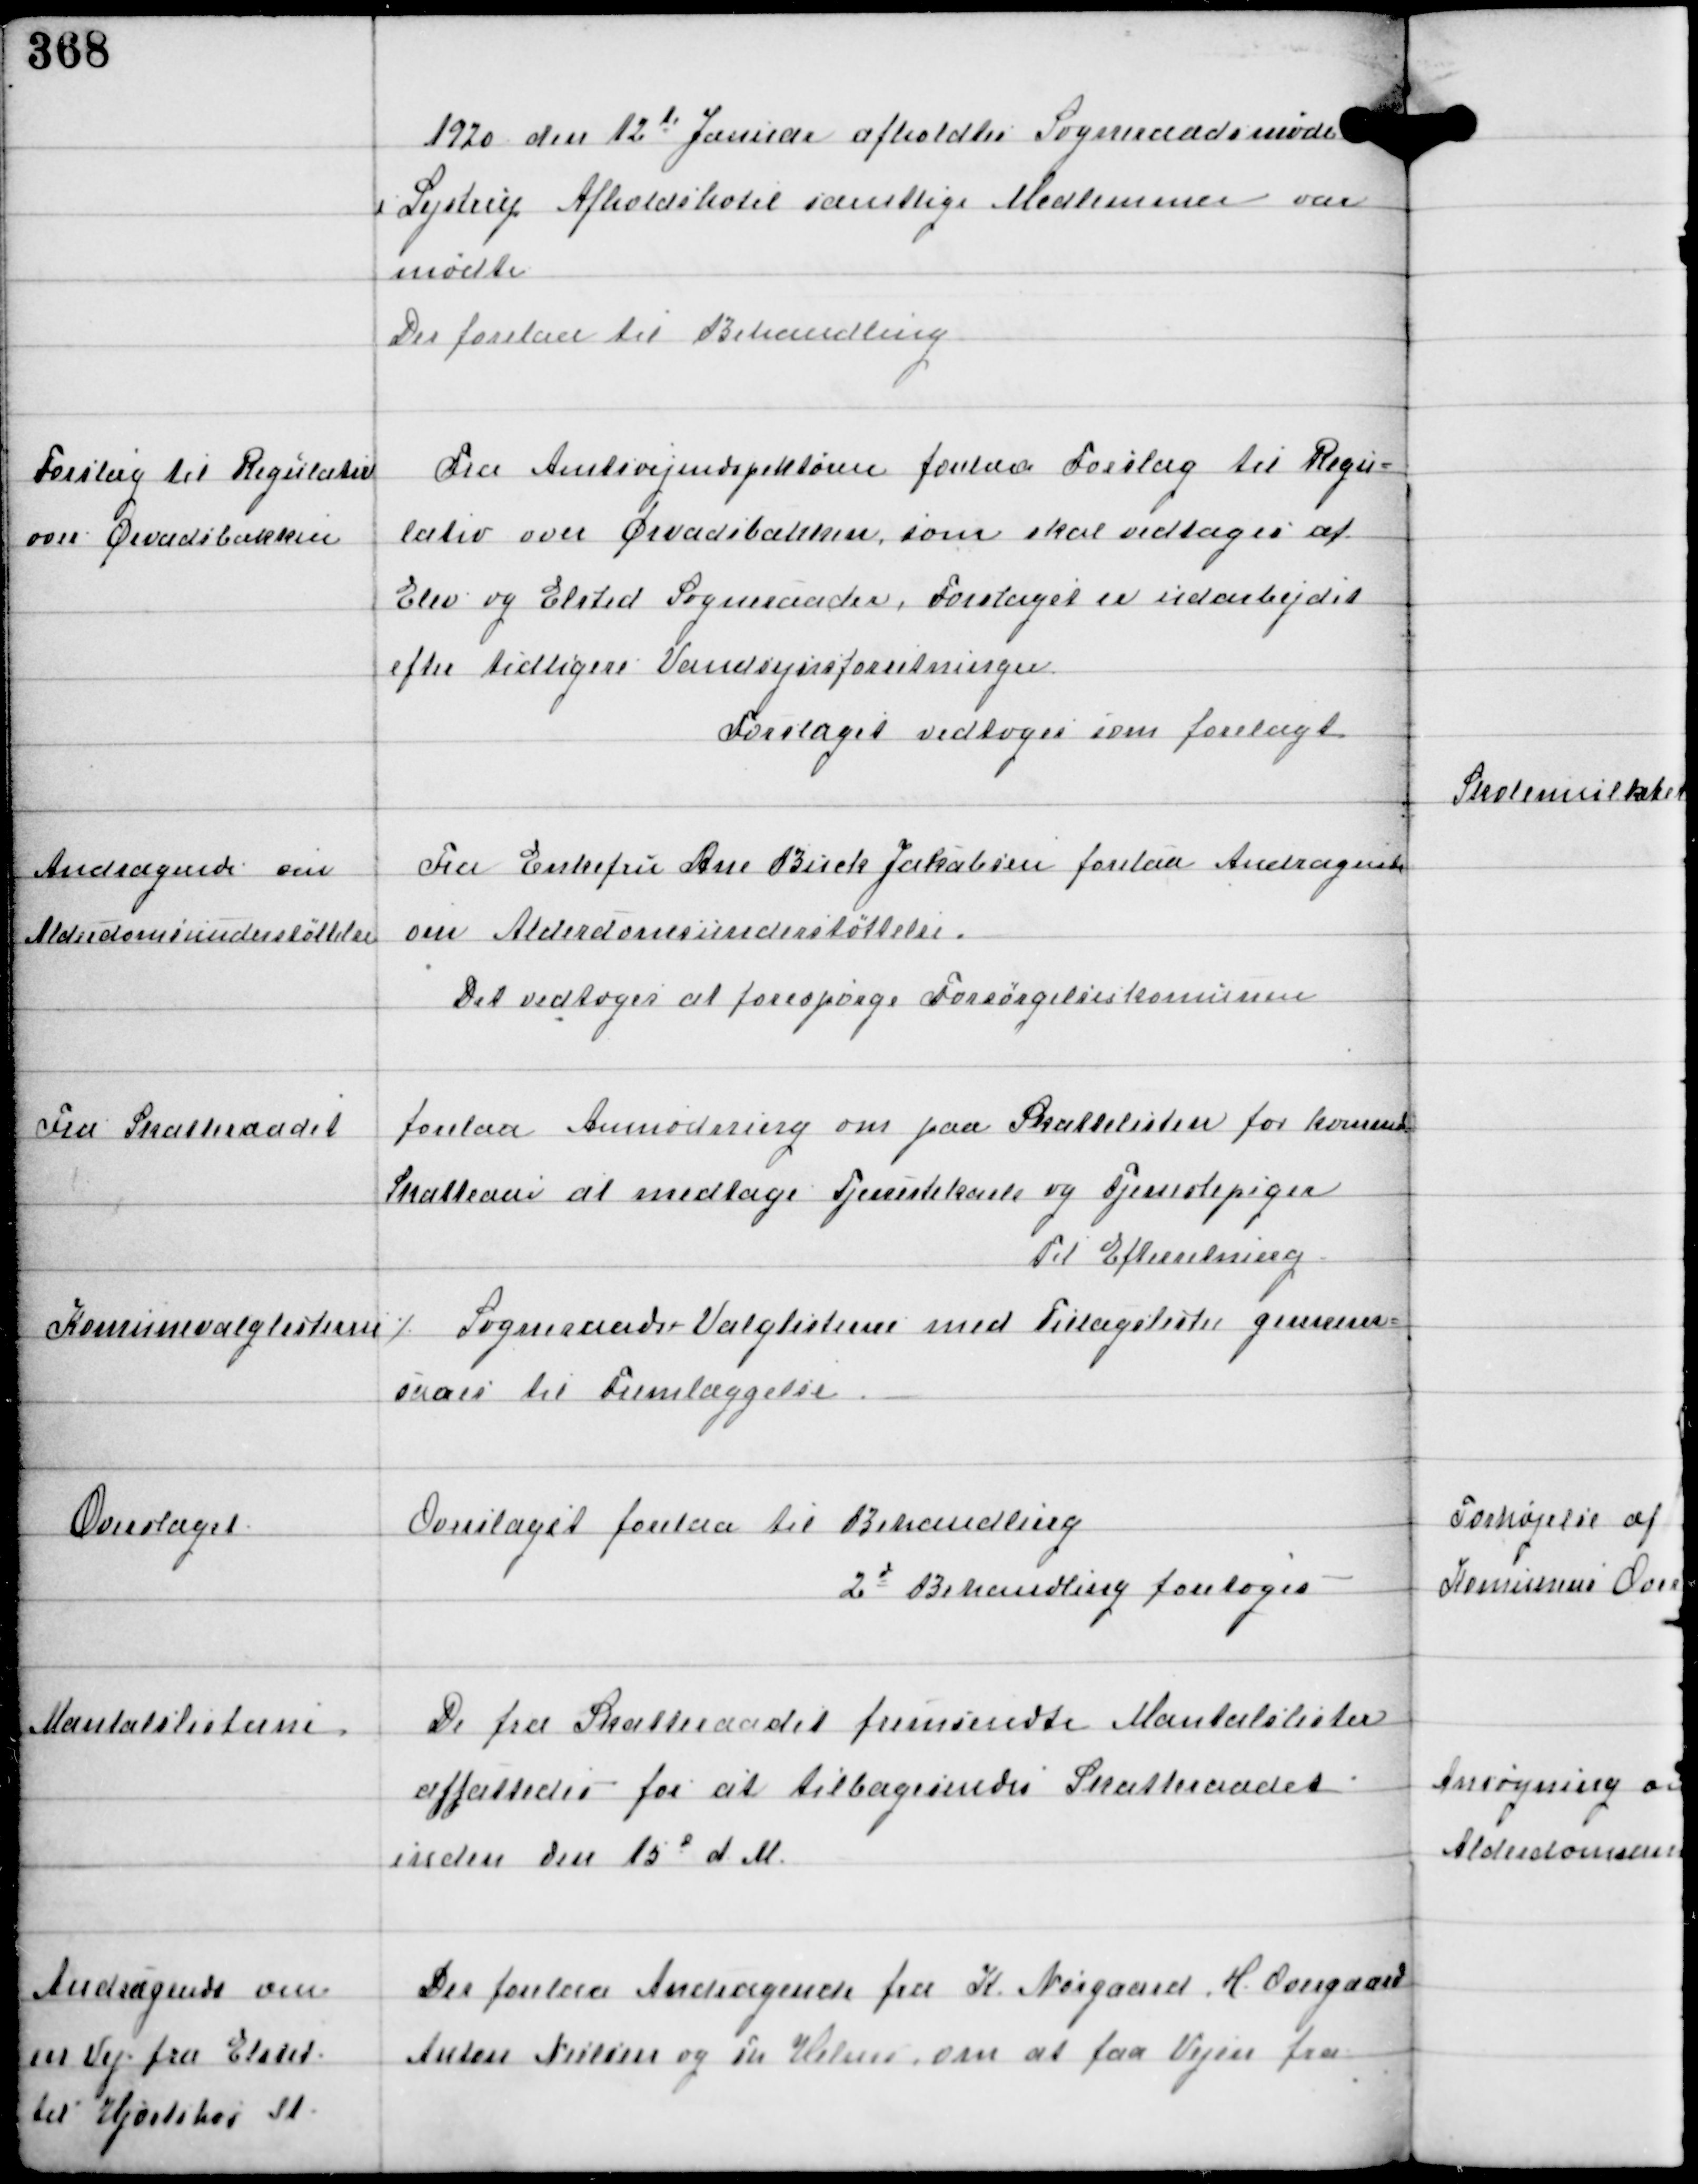
Transskription:
1920 den 12de Januar afholdtes Sogneraadsmøde
i Lystrup Afholdshotel samtlige Medlemmer var
mødte
Der forelaa til Behandling

Forslag til Regulativ
over Ørvadsbækken

Fra Amtsvejinspektøren forelaa Forslag til Regu-
lativ over Ørvadsbækken som skal vedtages af
Elev og Elsted Sogneraader. Forslaget er udarbejdet
efter tidligere Vandsynsforretninger.
Forslaget vedtoges som forelagt

Andragende om
Alderdomsunderstøttelse

Fra Enkefru Ane Birck Jakobsen forelaa Andragende
om Alderdomsunderstøttelse.
Det vedtoges at forespørge Forsørgelseskomunen

Fra Skatteraadet

forelaa Ansøgning om paa Skattelisten for kommende
Skatteaar at medtage Tjenestekarle og Tjenestepiger
Til Efterretning

Komunevalglisterne ٪

Sogneraads Valglisterne med Tillægslister gennem-
saaes til Fremlæggelse.

Overslaget

Overslaget forelaa til Behandling
2d Behandling foretoges.

Mantalslisterne

De fra Skatteraadet fremsendte Mantalslister
affattedes for at tilbagesendes Skatteraadet
inden den 15d d.M

Andragende om
en Vej fra Elsted
til Hjorthøj St

Der forelaa Andragende fra K. Nørgaard H. Overgaard
Anders Nielsen og Pr Helms om at faa Vejen fra